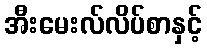
အီးမေးလ်လိပ်စာနှင့်